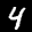
Label: 4